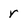
Character: r